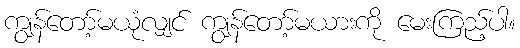
ကျွန်တော့်မယုံလျှင် ကျွန်တော့်မယားကို မေးကြည့်ပါ။